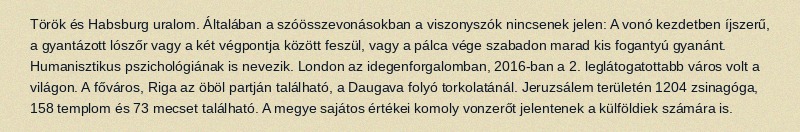
Török és Habsburg uralom. Általában a szóösszevonásokban a viszonyszók nincsenek jelen: A vonó kezdetben íjszerű, a gyantázott lószőr vagy a két végpontja között feszül, vagy a pálca vége szabadon marad kis fogantyú gyanánt. Humanisztikus pszichológiának is nevezik. London az idegenforgalomban, 2016-ban a 2. leglátogatottabb város volt a világon. A főváros, Riga az öböl partján található, a Daugava folyó torkolatánál. Jeruzsálem területén 1204 zsinagóga, 158 templom és 73 mecset található. A megye sajátos értékei komoly vonzerőt jelentenek a külföldiek számára is.